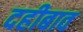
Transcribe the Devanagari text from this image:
दहीबाव